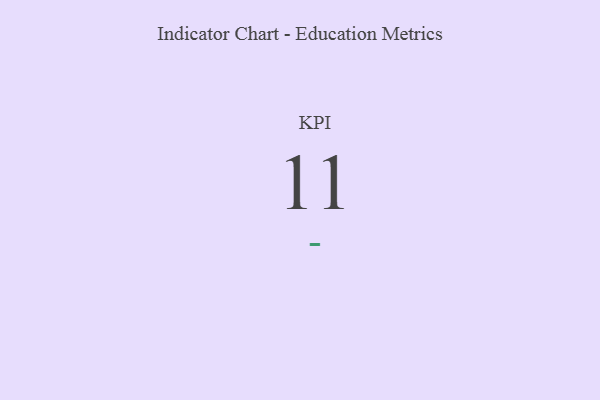
{"axis": {"x": "KPI", "y": "Value"}, "legend": [""], "data": [{"x": "KPI", "y": 11, "type": ""}]}